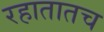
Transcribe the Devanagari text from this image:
रहातातच